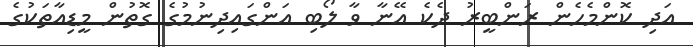
އަދި ކޮންމެހެން ރަންބީރު ދެކެ އޭނާ ވާ ލޯބި އަންގައިދިނުމުގެ ގޮތުން މީޑިއާތަކުގެ